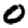
Digit: 0